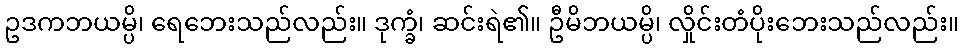
ဥဒကဘယမ္ပိ၊ ရေဘေးသည်လည်း။ ဒုက္ခံ၊ ဆင်းရဲ၏။ ဦမိဘယမ္ပိ၊ လှိုင်းတံပိုးဘေးသည်လည်း။